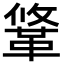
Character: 䩦